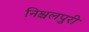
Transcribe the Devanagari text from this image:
निश्चलपुरी